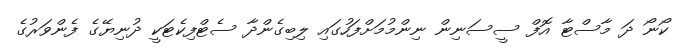
ކޯނޯ ދަ މާސްޓާ އޮފް ސީސަނިން ނިންމުމަށްފަހުގައި ލިބިގެންދާ ސެޓްފިކެޓަކީ ދުނިޔޭގެ ފެންވަރުގެ